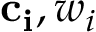
\mathbf { c _ { i } } , { w _ { i } }